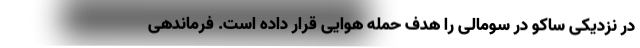
در نزدیکی ساکو در سومالی را هدف حمله هوایی قرار داده است. فرماندهی